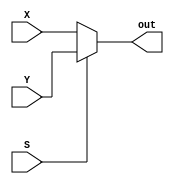
module mux(X, Y, S, out);
input X, Y, S;
output wire out;

assign out = S ? Y : X;
endmodule